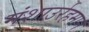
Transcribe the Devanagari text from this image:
मंशाउर्रहमान